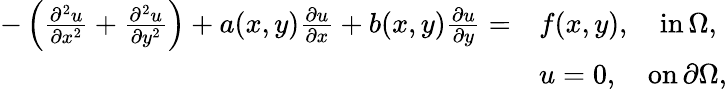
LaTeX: \begin{array}{rl}{-\left(\frac{\partial^{2}u}{\partial x^{2}}+\frac{\partial^{2}u}{\partial y^{2}}\right)+a(x,y)\frac{\partial u}{\partial x}+b(x,y)\frac{\partial u}{\partial y}=}&{f(x,y),\quad\mathrm{in}\, \Omega,}\\ &{u=0,\quad\mathrm{on}\, \partial\Omega,}\end{array}